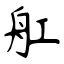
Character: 舡